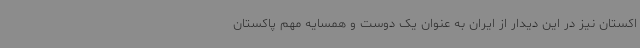
اکستان نیز در این دیدار از ایران به عنوان یک دوست و همسایه مهم پاکستان